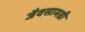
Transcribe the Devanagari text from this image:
जैवसामग्री